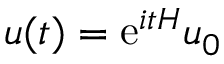
u ( t ) = \ensuremath { \mathrm { e } } ^ { i t H } u _ { 0 }